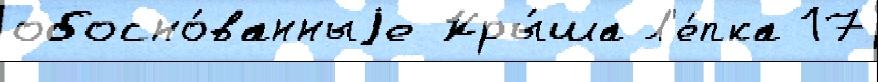
обосно́ванныjе Кры́ша Л'е́пка 17